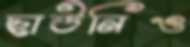
ছাউনিও